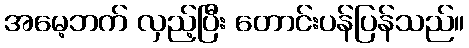
အမေ့ဘက် လှည့်ပြီး တောင်းပန်ပြန်သည်။